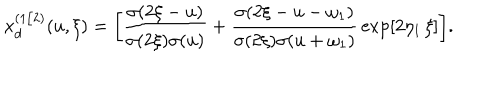
LaTeX: x _ { d } ^ { ( 1 / 2 ) } ( u , \xi ) = \biggl [ { \frac { \sigma ( 2 \xi - u ) } { \sigma ( 2 \xi ) \sigma ( u ) } } + { \frac { \sigma ( 2 \xi - u - \omega _ { 1 } ) } { \sigma ( 2 \xi ) \sigma ( u + \omega _ { 1 } ) } } \exp [ 2 \eta _ { 1 } \, \xi ] \biggr ] .